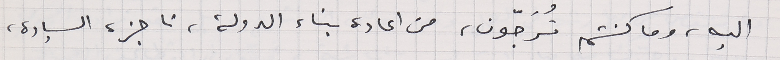
اليه، وما كنتم تُرَجّون، من اعادة بناء الدولة، ناجزة السيادة،